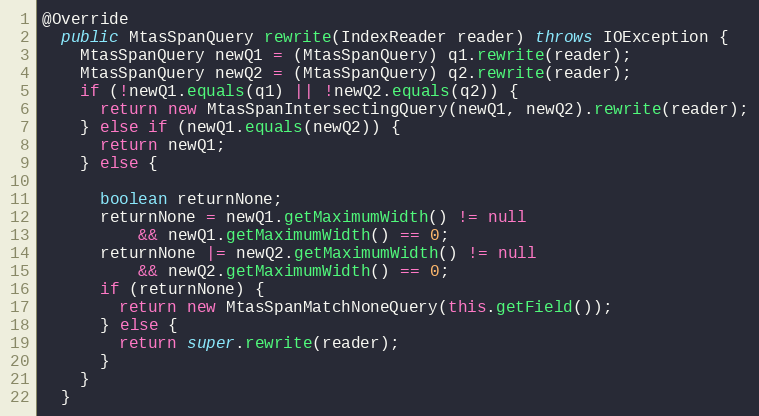
Language: Java
@Override
  public MtasSpanQuery rewrite(IndexReader reader) throws IOException {
    MtasSpanQuery newQ1 = (MtasSpanQuery) q1.rewrite(reader);
    MtasSpanQuery newQ2 = (MtasSpanQuery) q2.rewrite(reader);
    if (!newQ1.equals(q1) || !newQ2.equals(q2)) {
      return new MtasSpanIntersectingQuery(newQ1, newQ2).rewrite(reader);
    } else if (newQ1.equals(newQ2)) {
      return newQ1;
    } else {

      boolean returnNone;
      returnNone = newQ1.getMaximumWidth() != null
          && newQ1.getMaximumWidth() == 0;
      returnNone |= newQ2.getMaximumWidth() != null
          && newQ2.getMaximumWidth() == 0;
      if (returnNone) {
        return new MtasSpanMatchNoneQuery(this.getField());
      } else {
        return super.rewrite(reader);
      }
    }
  }